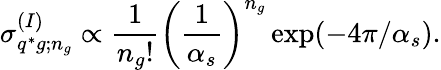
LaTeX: \sigma_{q^{*}g;n_{g}}^{(I)}\propto\frac{1}{n_{g}!}\left(\frac{1}{\alpha_{s}}\right)^{n_{g}}\exp(-4\pi/\alpha_{s}).